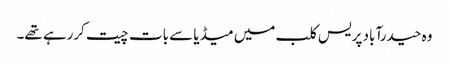
وہ حیدرآباد پریس کلب میں میڈیا سے بات چیت کررہے تھے۔